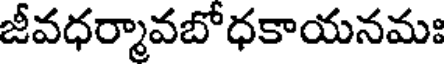
జీవధర్మావబోధకాయనమః